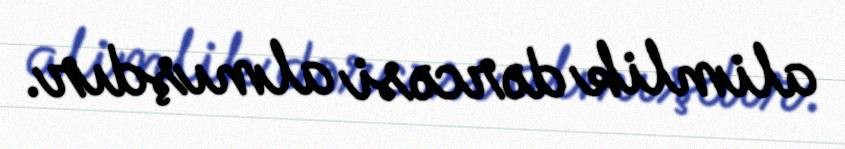
alimlik dərcəsi almışdır.